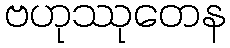
ဗဟုဿုတေန